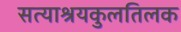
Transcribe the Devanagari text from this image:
सत्याश्रयकुलतिलक